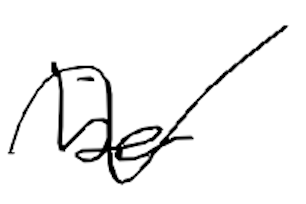
Text: be
Cross-out: wave
Writing tool: digital_black